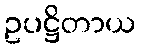
ဥပဋ္ဌိတာယ